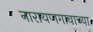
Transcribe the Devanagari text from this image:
नारायणगावाच्या